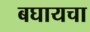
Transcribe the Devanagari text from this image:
बघायचा